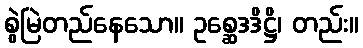
စွဲမြဲတည်နေသော။ ဥစ္ဆေဒဒိဋ္ဌိ၊ တည်း။